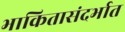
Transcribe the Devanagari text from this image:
भाकितासंदर्भात